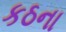
કઠના